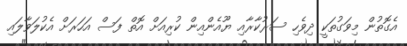
އެގޮތުން މިވަގުތަކީ ދިވެހި ސަރުކާރާއި ޔޫއެންއިން ކުރިއަށް އޮތް ފަސް އަހަރަށް އެކުލަވާލައި